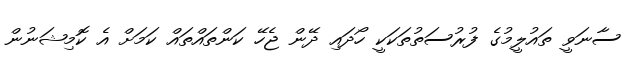
ސާނަވީ ތައުލީމުގެ ފުރުސަތުތަކަކީ ހޯދައި ދޭން ޖެހޭ ކަންތައްތައް ކަމަށް އެ ކޮމިޝަނުން